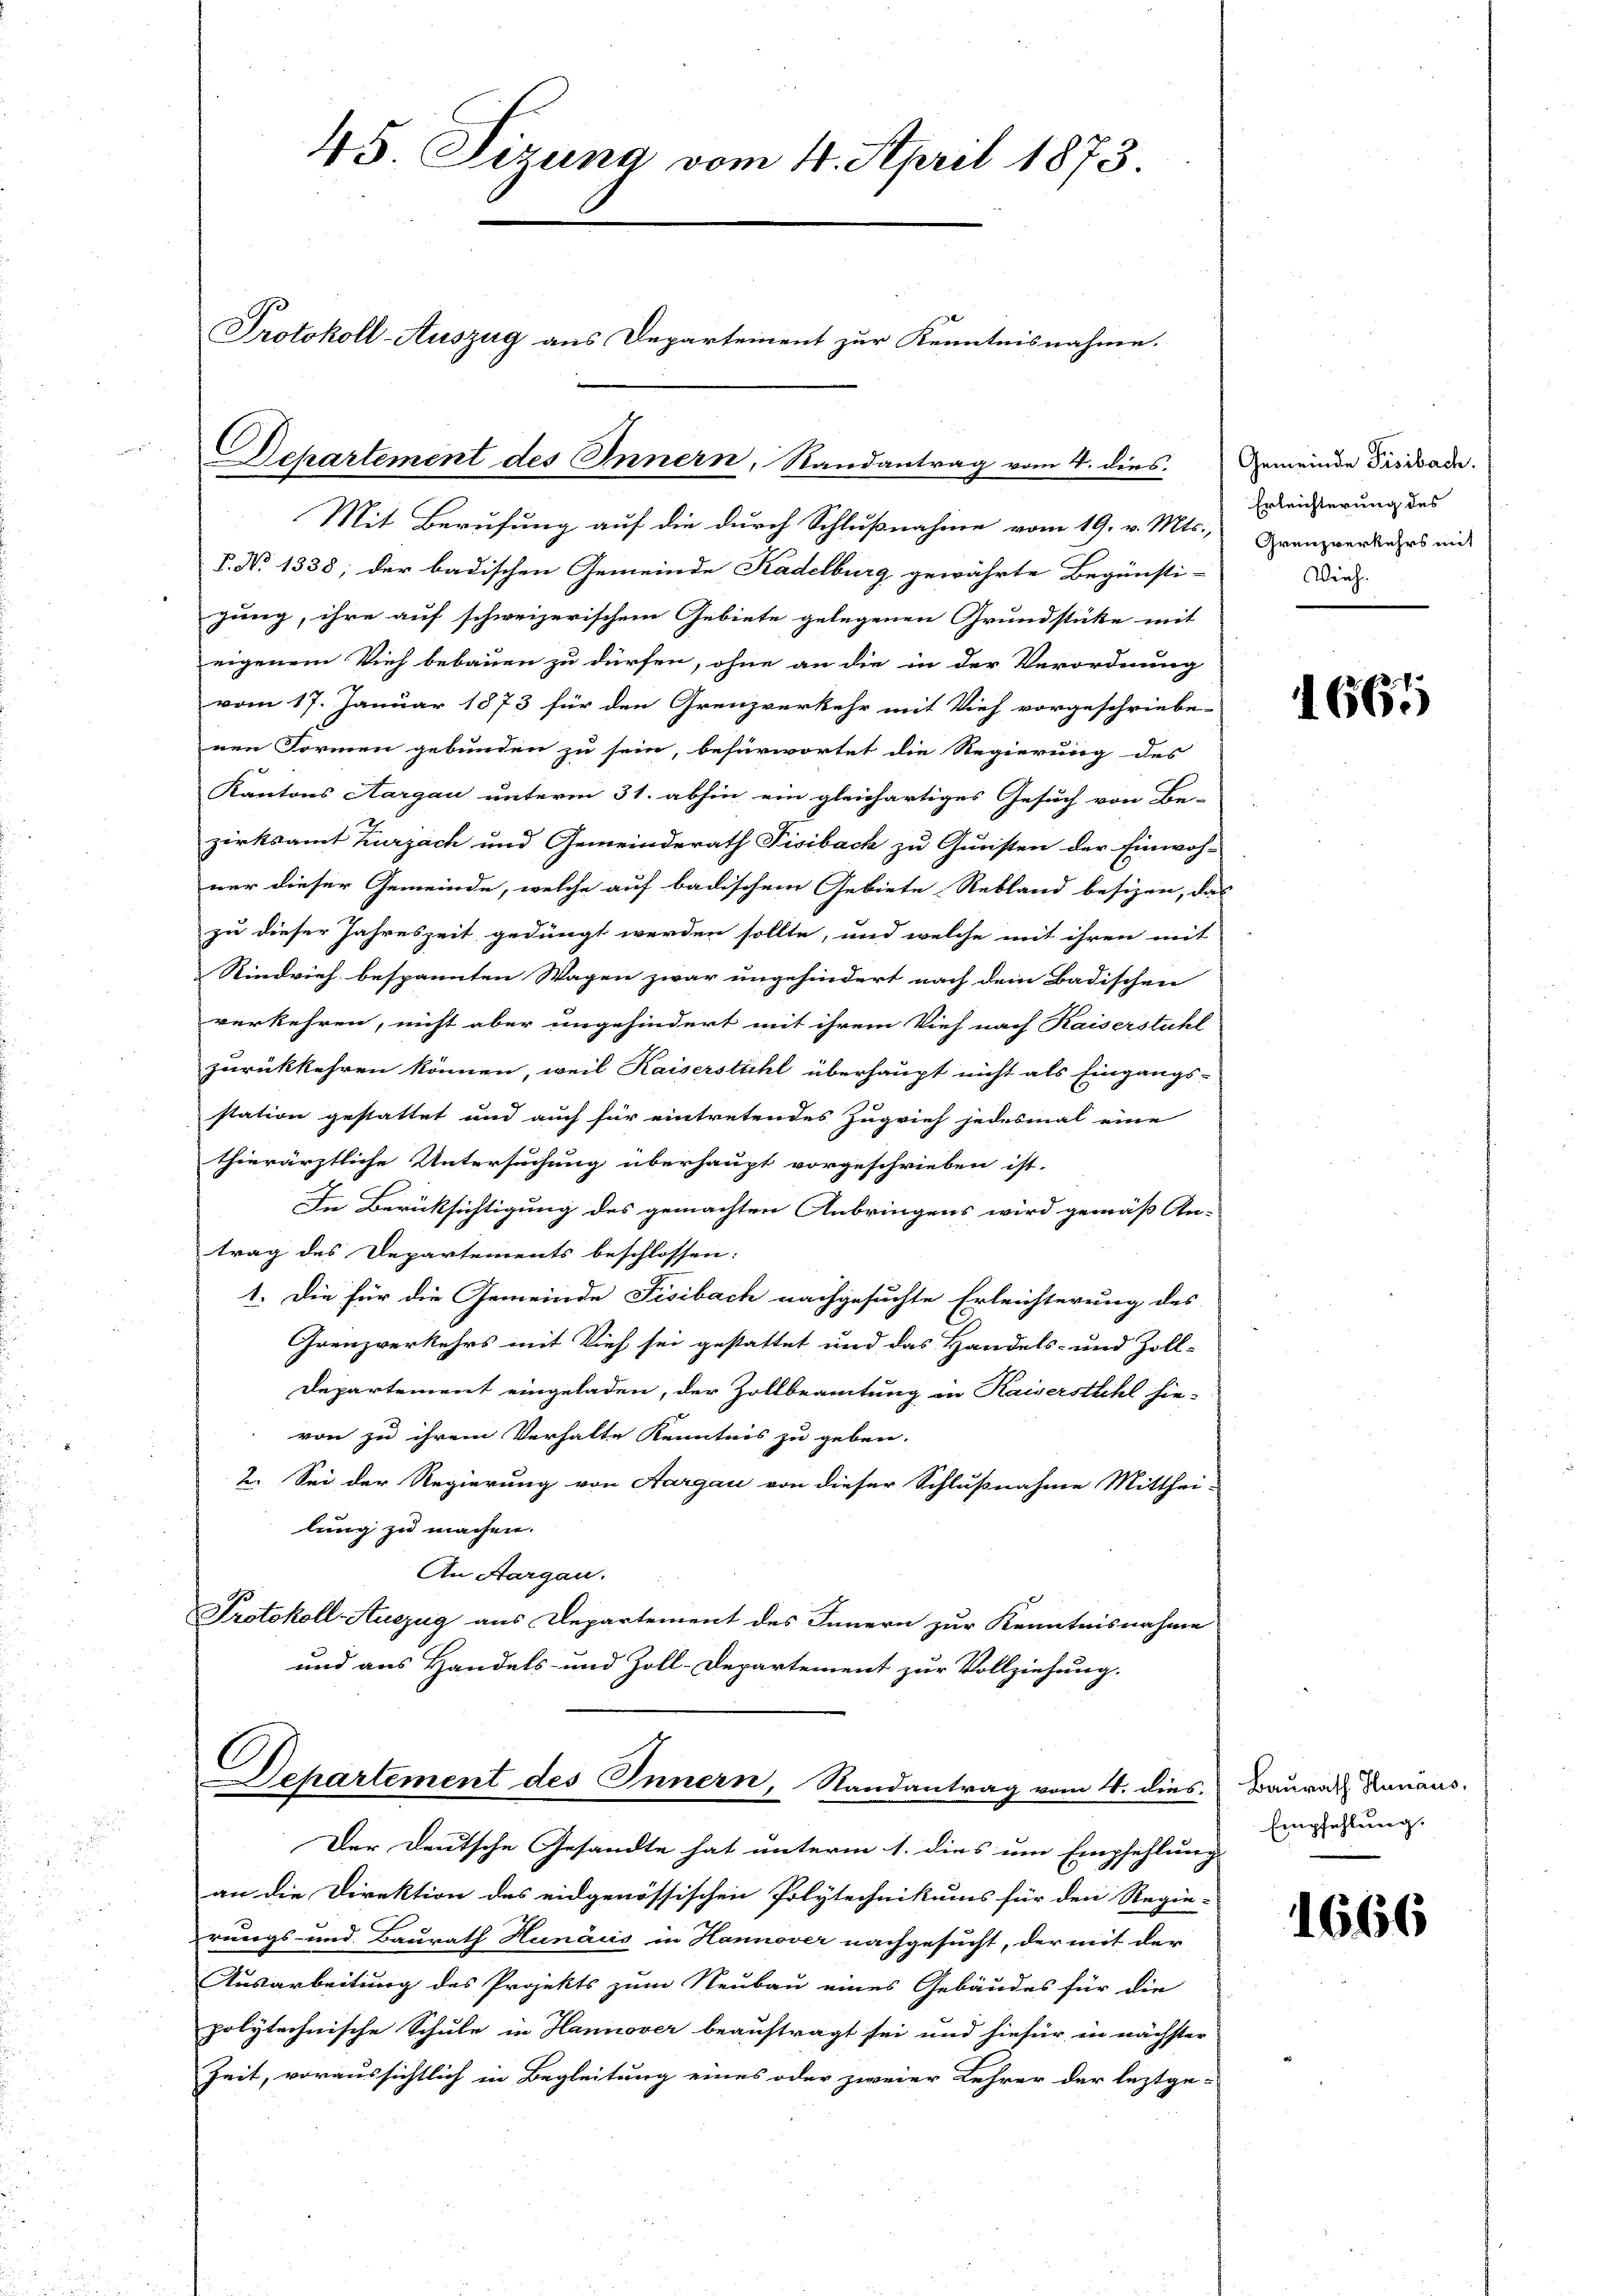
45. Sizung vom 4. April 1873.

P. No 1338; der badischen Gemeinde Kadelburg gewährte Begünsti-
zung, ihre auf schweizerischem Gebiete gelegenen Grundstücke mit
eigenem Vieh bebauen zu dürfen, ohne an die in der Verordnung
vom 17. Januar 1873 für den Grenzverkehr mit Vieh vorgeschriebe-
nen Formen gebunden zu sein, befürwortet die Regierung des
Kantons Aargau unterm 31. abhin ein gleichartiges Gesuch von Be-
zirksamt Zurzach und Gemeinderath Fisibach zu Gunsten der Einwoh-
ner dieser Gemeinde, welche auf badischem Gebiete Rebland besizen, das
zu dieser Jahreszeit gedingt werden sollte, und welche mit ihren mit
Rindvieh bespannten Wagen zwar ungehindert nach dem Badischen
verkehren, nicht aber ungehindert mit ihrem Vieh nach Kaiserstühl
zurückkehren können, weil Kaiserstuhl überhaupt nicht als Eingangs-
station gestattet und auch für eintretendes Zugrief jedesmal eine
thierärztliche Untersuchung überhaupt vorgeschrieben ist.
In Berücksichtigung des gemachten Anbringens wird gemäß An-
trag des Departements beschlossen:
1. Die für die Gemeinde Fisibach nachgesuchte Erleichterung des
Grenzverkehrs mit Vieh sei gestattet und das Handels- und Zoll-
Departement eingeladen, der Zollbeamtung in Kaiserstuhl hie-
von zu ihrem Verhalte Kenntnis zu geben.
2. Sei der Regierung von Aargau von dieser Schlußnahme Mitthei-
lung zu machen.
An Aargau.
Protokoll-Auszug aus Departement des Innern zur Kenntnisnahme
und aus Handels- und Zoll-Departement zur Vollziehung.

Mit Berufung auf die durch Schlußnahme vom 19. v. Mts.,

Protokoll-Auszug aus Departement zur Kenntnisnahme.

chartement des Innern, Randantrag vom 4. dies. Gemeinde Fiscade

Dehartement des Innern, Randantrag vom 4. dies

Der Deutsche Gesandte hat unterm 1. dies um Empfehlung
an die Direktion des eidgenössischen Polytechnikums für den Regie-
rungs- und Baurath Hunács in Hannover nachgesucht, der mit der
Ausarbeitung des Projekts zum Neubau eines Gebäudes für die
polytechnische Schule in Hannover beauftragt sei und hiefür in nächster
Zeit, voraussichtlich in Begleitung eines oder zweier Lehrer der leztge-

Erleichterung des
Grenzverkehrs mit
Vieh.

1665

Baurath Hinaus,
Empfehlung.

1666